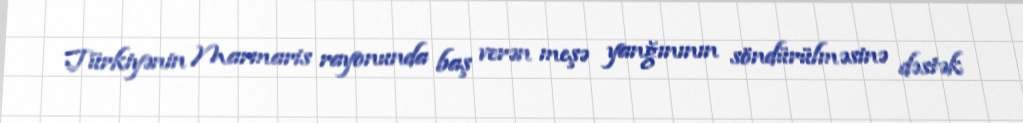
Türkiyənin Marmaris rayonunda baş verən meşə yanğınının söndürülməsinə dəstək